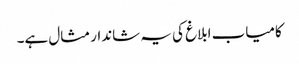
کامیاب ابلاغ کی یہ شاندار مثال ہے۔